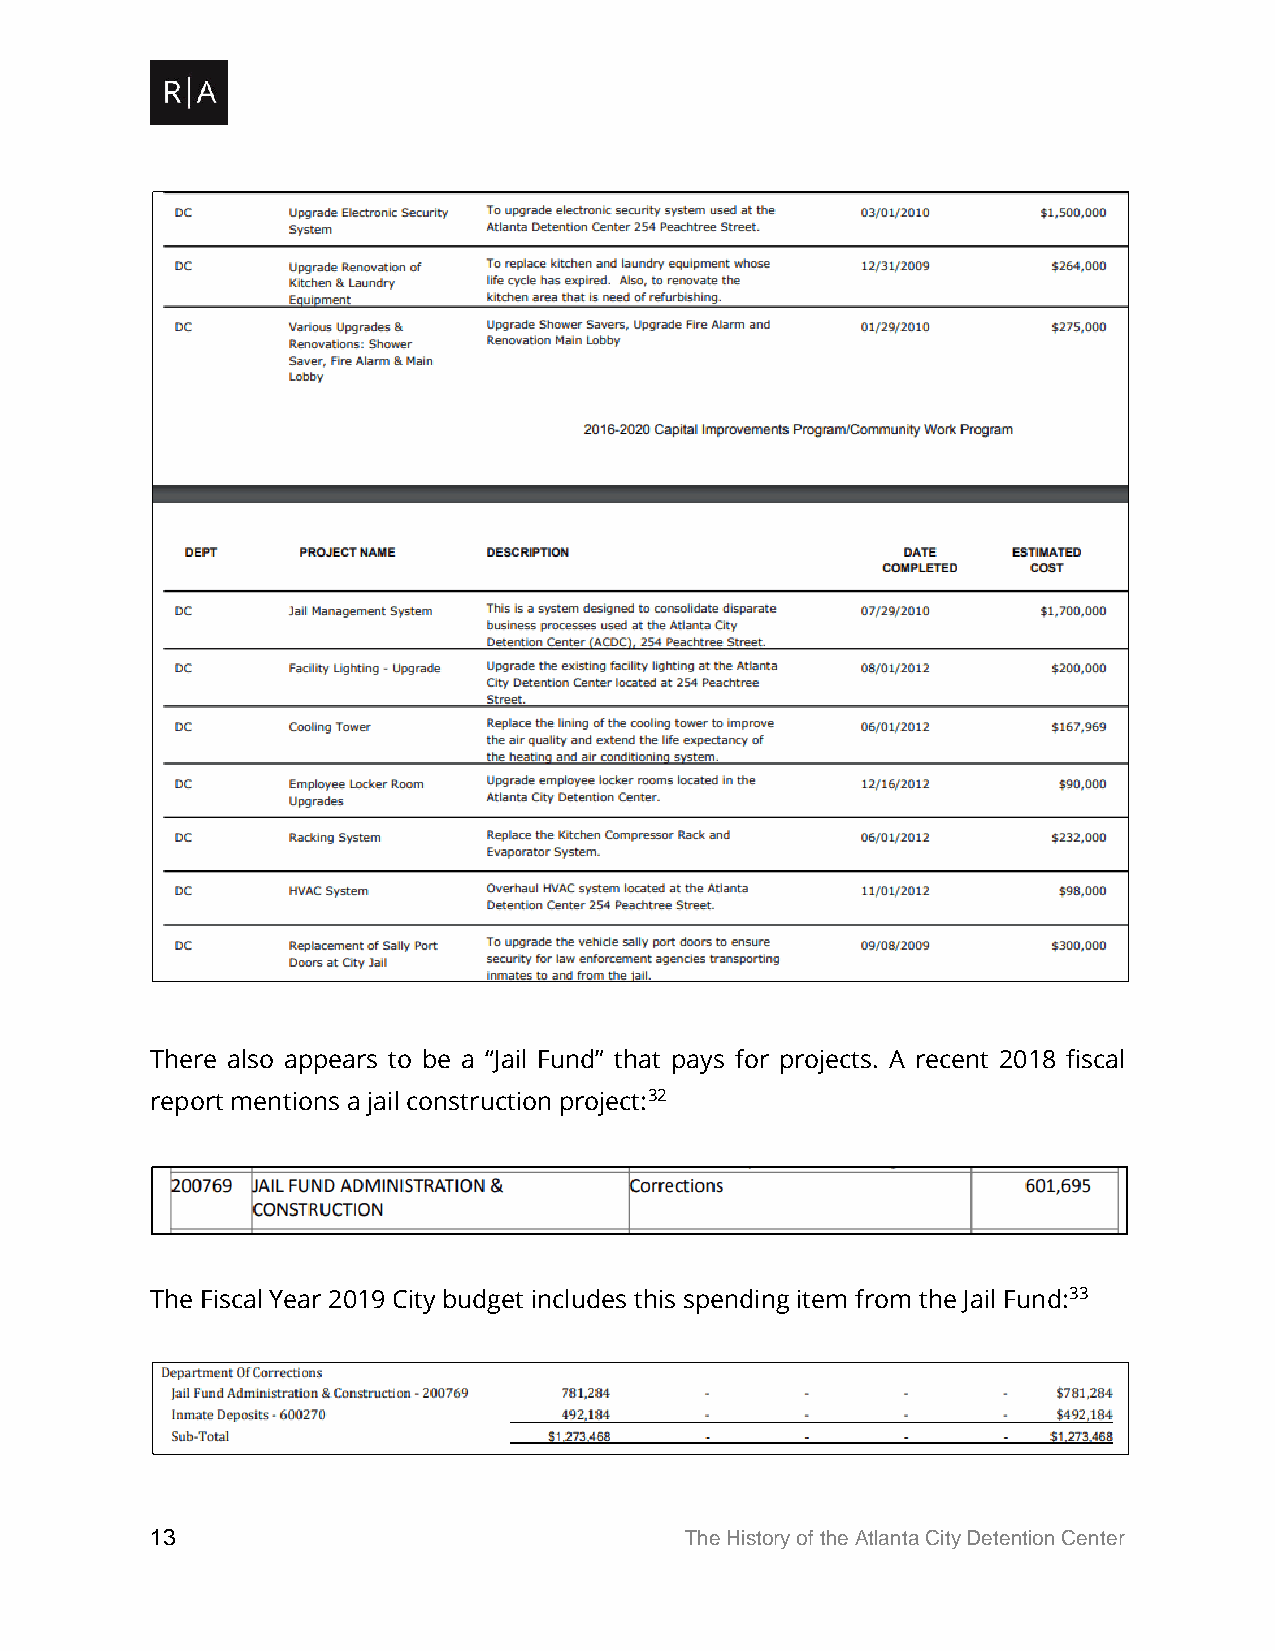
There also appears to be a “Jail Fund” that pays for projects. A recent 2018 fiscal
 report mentions a jail construction project:32
 The Fiscal Year 2019 City budget includes this spending item from the Jail Fund:33
 13                                 The History of the Atlanta City Detention Center